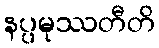
နပ္ပမုဿတီတိ